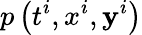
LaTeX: p\left(t^{i},x^{i},\mathbf{y}^{i}\right)